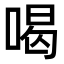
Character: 喝